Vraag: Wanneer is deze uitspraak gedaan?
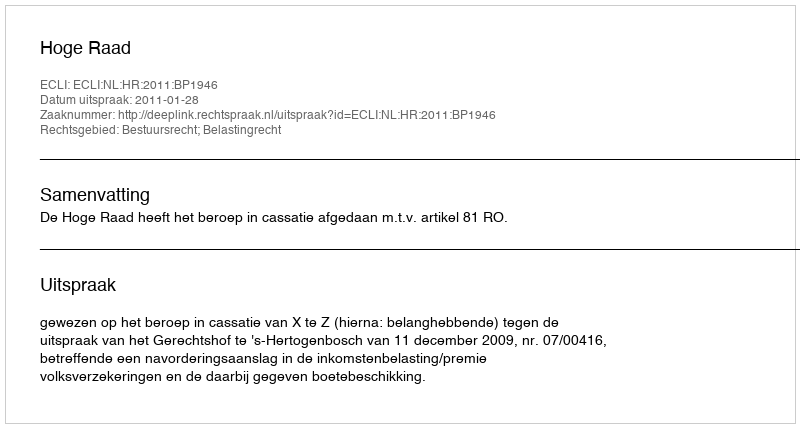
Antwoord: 2011-01-28